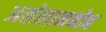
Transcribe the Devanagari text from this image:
अर्सलानबोब